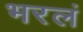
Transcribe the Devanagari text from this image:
भरलं